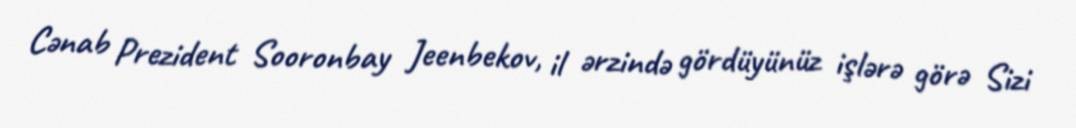
Cənab Prezident Sooronbay Jeenbekov, il ərzində gördüyünüz işlərə görə Sizi